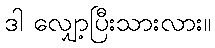
ဒါ လျှော့ပြီးသားလား။